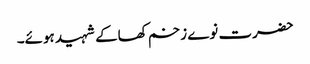
حضرت نوے زخم کھاکے شہید ہوئے۔